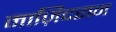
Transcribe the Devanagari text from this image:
माज़िदरान